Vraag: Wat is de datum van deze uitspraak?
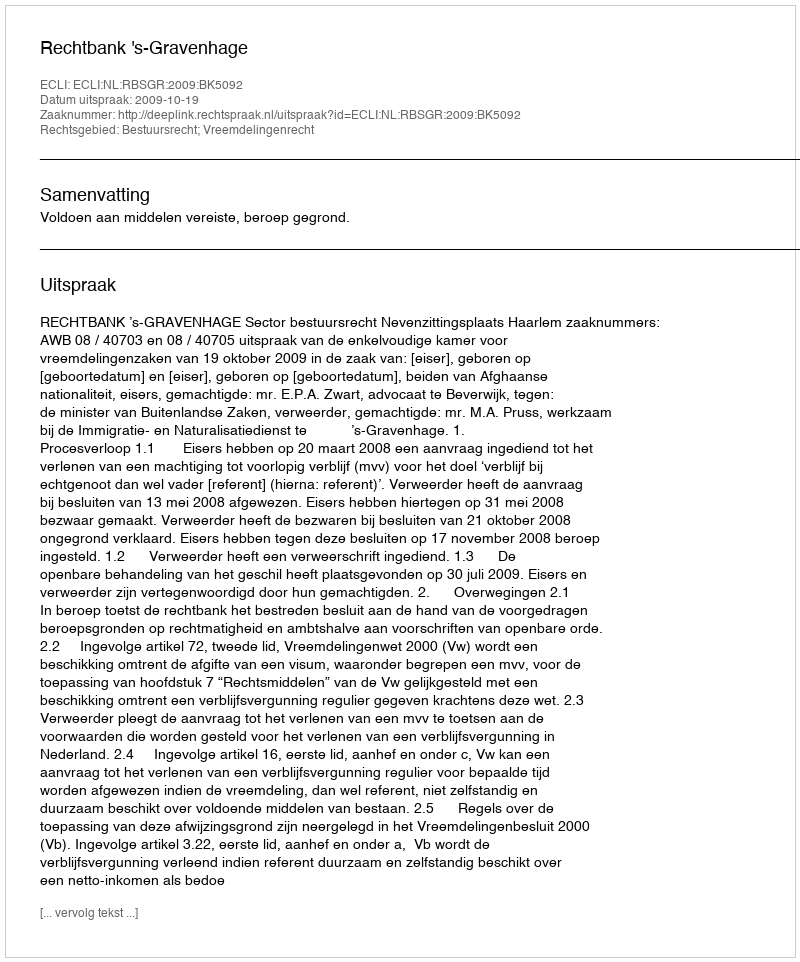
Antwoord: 2009-10-19